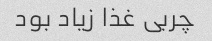
چربی غذا زیاد بود